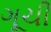
ગૂચી